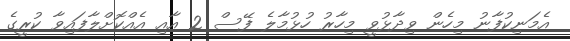
އެމަނިކުފާނު މިހެން ވިދާޅުވީ މިހާރު ހުޅުމާލެ ފޭސް 2 އާއި އެއްކޮށްލާފައިވާ ކުރީގެ